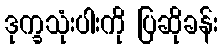
ဒုက္ခသုံးပါးကို ပြဆိုခန်း